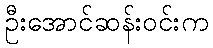
ဦးအောင်ဆန်းဝင်းက